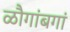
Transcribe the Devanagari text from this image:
ळौगांबगां